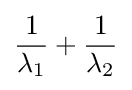
{\frac {1}{\lambda _{1}}}+{\frac {1}{\lambda _{2}}}